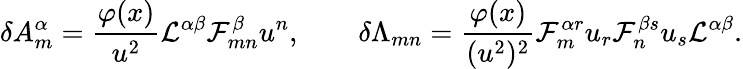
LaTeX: \delta A_{m}^{\alpha}={\frac{\varphi(x)}{u^{2}}}{\cal L}^{\alpha\beta}{\cal F}_{mn}^{\beta}u^{n},\qquad\delta\Lambda_{mn}={\frac{\varphi(x)}{(u^{2})^{2}}}{\cal F}_{m}^{\alpha r}u_{r}{\cal F}_{n}^{\beta s}u_{s}{\cal L}^{\alpha\beta}.